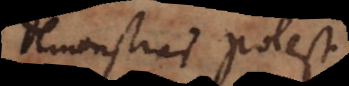
demonstrari potest.